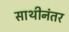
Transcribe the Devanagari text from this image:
साथीनंतर